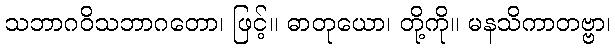
သဘာဂဝိသဘာဂတော၊ ဖြင့်။ ဓာတုယော၊ တို့ကို။ မနသိကာတဗ္ဗာ၊